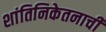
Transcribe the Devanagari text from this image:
शांतिनिकेतनाची